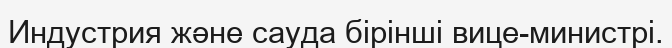
Индустрия және сауда бірінші вице-министрі.